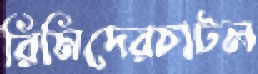
রিমিদেরচাটল